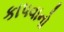
કાપવાનો